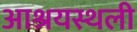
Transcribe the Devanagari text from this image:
आश्रयस्थली